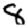
Digit: 8